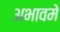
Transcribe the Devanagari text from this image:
अभावमे